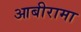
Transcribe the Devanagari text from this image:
आबीरामा